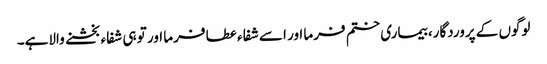
لوگوں کے پروردگار، بیماری ختم فرما اور اسے شفاء عطا فرما اور تو ہی شفاء بخشنے والاہے۔